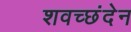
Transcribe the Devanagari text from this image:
शवच्छंदेन